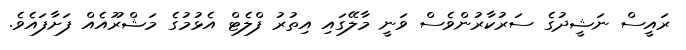
ރައީސް ނަޝީދުގެ ސަރުކާރުންވެސް ވަނީ މާލޭގައި އިތުރު ފްލެޓް އެޅުމުގެ މަޝްރޫއެއް ފަށާފައެވެ.